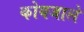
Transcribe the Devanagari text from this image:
कोयजाले